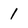
Character: 1